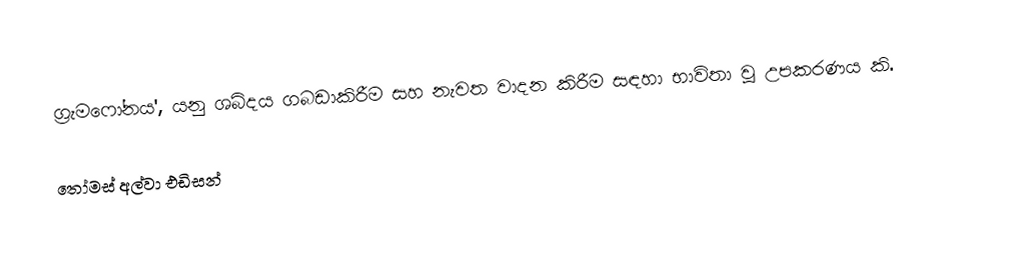
ග්‍රැමෆෝනය', යනු ශබ්දය ගබඩාකිරීම සහ නැවත වාදන කිරීම සඳහා භාවිතා වූ උපකරණය කි.

තෝමස් අල්වා එඩිසන්